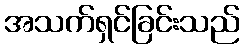
အသက်ရှင်ခြင်းသည်